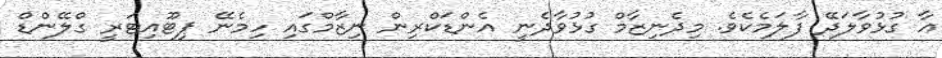
އާ ގުޅުވާލަދޭ ފާލަމެކެވެ. މިދެނިޒާމް ގުޅުވާދެނީ އެންޑަކްރިން ނިޒާމްގައި ހިމެނޭ ޕިޓޫއިޓަރީ ގްލޭންޑް